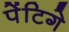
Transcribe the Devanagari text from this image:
पेंटिगे